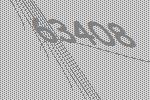
63408